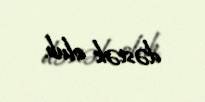
dəstək olub.